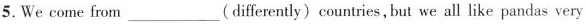
5.We come from ___ (differently) countries,but we all like pandas very